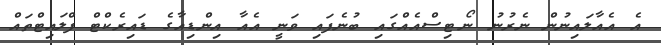
އެ އެއާލައިނުން ނެރުނު ނޯޓިސްއެއްގައި ބުނެފައި ވަނީ އެއާ އިންޑިއާގެ ޑައިރެކްޓް ފްލައިޓްތައް